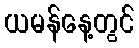
ယမန်နေ့တွင်